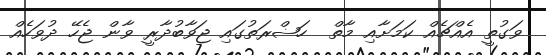
ވަގުތީ އެއްޗެއް ކަމަށާއި މާތް  ހަޟްރަތުގައި ޖަވާބުދާރީ ވާން ޖެހޭ ދުވަހެއް